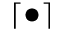
\left\lceil \bullet \right\rceil